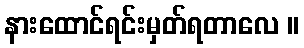
နားထောင်ရင်းမှတ်ရတာလေ ။